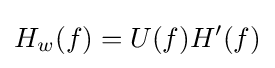
H_{w}(f)=U(f)H'(f)